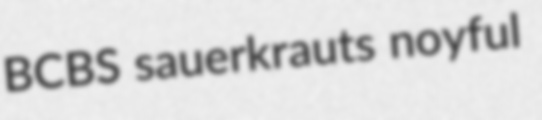
BCBS sauerkrauts noyful